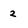
Character: 2